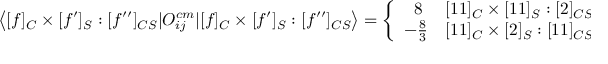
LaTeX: \left< [ f ] _ { C } \times [ f ^ { \prime } ] _ { S } : [ f ^ { \prime \prime } ] _ { C S } | O _ { i j } ^ { c m } | [ f ] _ { C } \times [ f ^ { \prime } ] _ { S } : [ f ^ { \prime \prime } ] _ { C S } \right> = \left\{ \begin{array} { c l } { { \ 8 } } & { { [ 1 1 ] _ { C } \times [ 1 1 ] _ { S } : [ 2 ] _ { C S } , } } \\ { { - \frac { 8 } { 3 } } } & { { [ 1 1 ] _ { C } \times [ 2 ] _ { S } : [ 1 1 ] _ { C S } . } } \end{array} \right.